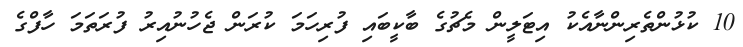
10 ކުޅުންތެރިންނާއެކު އިޓަލީން މެޗުގެ ބާކީބައި ފުރިހަމަ ކުރަން ޖެހުނުއިރު ފުރަތަމަ ހާފްގެ